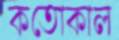
কতোকাল